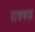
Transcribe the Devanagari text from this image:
रात्रबस